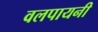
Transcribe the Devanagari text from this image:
वलपायनी